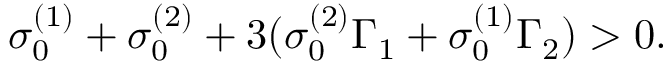
\sigma _ { 0 } ^ { ( 1 ) } + \sigma _ { 0 } ^ { ( 2 ) } + 3 ( \sigma _ { 0 } ^ { ( 2 ) } \Gamma _ { 1 } + \sigma _ { 0 } ^ { ( 1 ) } \Gamma _ { 2 } ) > 0 .